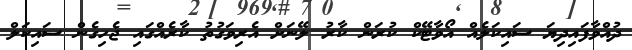
ދުއްވާފައިދިޔަ ސައިކަލެއް އޯވާޓޭކް ކުރަން ކާރު ލޭނަށް އެރިވަގުތު ކާރެއްގައި ޖެހިގެން ސައިކަލް